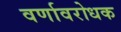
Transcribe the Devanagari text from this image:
वर्णावरोधक